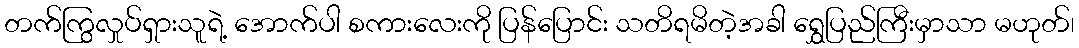
တက်ကြွလှုပ်ရှားသူရဲ့ အောက်ပါ စကားလေးကို ပြန်ပြောင်း သတိရမိတဲ့အခါ ရွှေပြည်ကြီးမှာသာ မဟုတ်၊